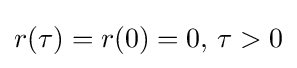
r(\tau )=r(0)=0,\,\tau >0